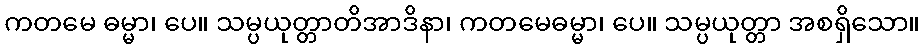
ကတမေ ဓမ္မာ၊ ပေ။ သမ္ပယုတ္တာတိအာဒိနာ၊ ကတမေဓမ္မာ၊ ပေ။ သမ္ပယုတ္တာ အစရှိသော။